Civil Veterinary Department Bihar reports 1936-40 - 1936-1940
Year: 1936
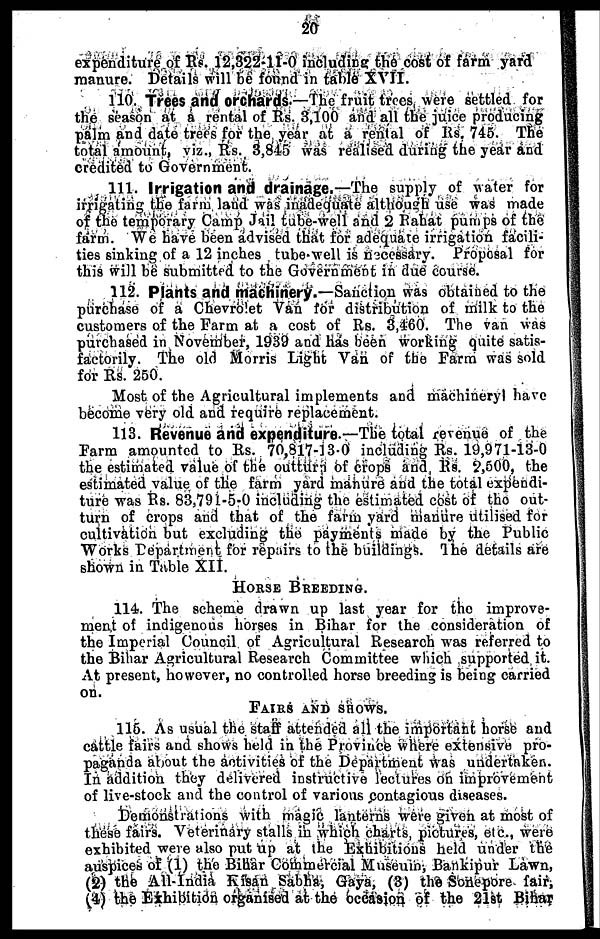
20
expenditure of Rs. 12,322-11-0 including the cost of farm yard
manure. Details will be found in table XVII.
110. Trees and orchards.—The fruit trees were settled for
the season at a rental of Rs. 3,100 and all the juice producing
palm and date trees for the year at a rental of Rs. 745. The
total amount, viz., Rs. 3,845 was realised during the year and
credited to Government.
111. Irrigation and drainage.—The supply of water for
irrigating the farm land was inadequate although use was made
of the temporary Camp Jail tube-well and 2 Rahat pumps of the
farm. We have been advised that for adequate irrigation facili-
ties sinking of a 12 inches tube-well is necessary. Proposal for
this will be submitted to the Government in due course.
112. Plants and machinery.—Sanction was obtained to the
purchase of a Chevrolet Van for distribution of milk to the
customers of the Farm at a cost of Rs. 3,460. The van was
purchased in November, 1939 and has been working quite satis-
factorily. The old Morris Light Van of the Farm was sold
for Rs. 250.
Most of the Agricultural implements and machineryl have
become very old and require replacement.
113. Revenue and expenditure.—The total revenue of the
Farm amounted to Rs. 70,817-13-0 including Rs. 19,971-13-0
the estimated value of the outturn of crops and Rs. 2,500, the
estimated value of the farm yard manure and the total expendi-
ture was Rs. 83,791-5-0 including the estimated cost of the out-
turn of crops and that of the farm yard manure utilised for
cultivation but excluding the payments made by the Public
Works Department for repairs to the buildings. The details are
shown in Table XII.
HORSE BREEDING.
114. The scheme drawn up last year for the improve-
ment of indigenous horses in Bihar for the consideration of
the Imperial Council of Agricultural Research was referred to
the Bihar Agricultural Research Committee which supported it.
At present, however, no controlled horse breeding is being carried
on.
FAIRS AND SHOWS.
115. As usual the staff attended all the important horse and
cattle fairs and shows held in the Province where extensive pro-
paganda about the activities of the Department was undertaken.
In addition they delivered instructive lectures on improvement
of live-stock and the control of various contagious diseases.
Demonstrations with magic lanterns were given at most of
these fairs. Veterinary stalls in which charts, pictures, etc., were
exhibited were also put up at the Exhibitions held under the
auspices of (1) the Bihar Commercial Museum, Bankipur Lawn,
(2) the All-India Kisan Sabha, Gaya, (3) the Sonepore fair,
(4) the Exhibition organised at the occasion of the 21st Bihar